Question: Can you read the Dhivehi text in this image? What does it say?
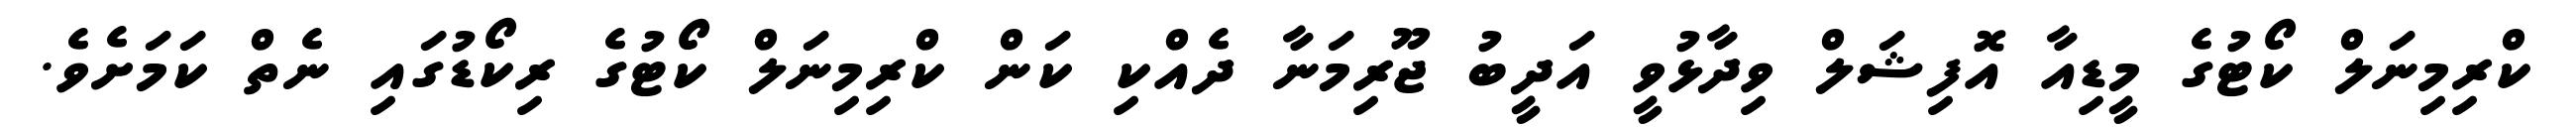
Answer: ކްރިމިނަލް ކޯޓުގެ މީޑިއާ އޮފިޝަލް ވިދާޅުވީ އަދީބު ޖޫރިމަނާ ދެއްކި ކަން ކްރިމިނަލް ކޯޓުގެ ރިކޯޑުގައި ނެތް ކަމަށެވެ.